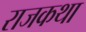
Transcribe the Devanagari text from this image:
राजकथा